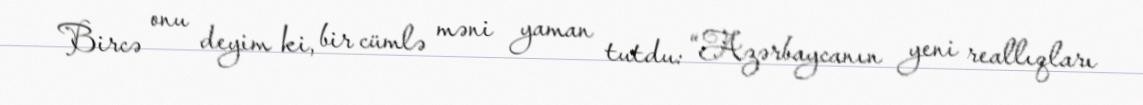
Bircə onu deyim ki, bir cümlə məni yaman tutdu: “Azərbaycanın yeni reallıqları